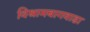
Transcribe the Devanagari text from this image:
विश्रामबागवाडा